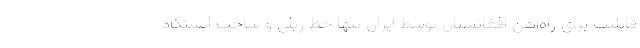
قابلیت برای راه‌آهن افغانستان توسط ایران تنها خط ریلی و ساخت ایستگاه